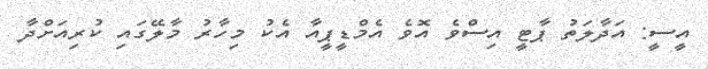
އީސީ: އަދާލަތު ޕާޓީ އިސްވެ އޮވެ އެމްޑީޕީއާ އެކު މިހާރު މާލޭގައި ކުރިއަށްދާ